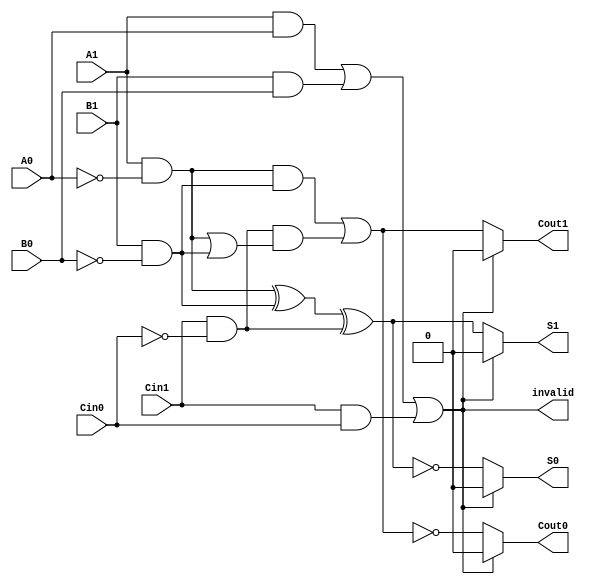
module dual_rail_full_adder (
    input wire A1, A0,  // Dual-rail input A
    input wire B1, B0,  // Dual-rail input B
    input wire Cin1, Cin0, // Dual-rail carry-in
    output reg S1, S0,  // Dual-rail sum output
    output reg Cout1, Cout0, // Dual-rail carry-out output
    output reg invalid // Invalid state indicator
);

    // Internal signals for A, B, and Cin
    wire A, B, Cin;

    // Decode dual-rail inputs to single-bit values
    assign A = A1 & ~A0; // A = 1 if A1=1, A0=0
    assign B = B1 & ~B0; // B = 1 if B1=1, B0=0
    assign Cin = Cin1 & ~Cin0; // Cin = 1 if Cin1=1, Cin0=0

    // Check for invalid states
    always @(*) begin
        invalid = (A1 & A0) | (B1 & B0) | (Cin1 & Cin0); // Invalid if both rails are high
        if (invalid) begin
            S1 = 1'b0; S0 = 1'b0; // Set outputs to invalid state
            Cout1 = 1'b0; Cout0 = 1'b0; // Set carry outputs to invalid state
        end else begin
            // Calculate sum and carry-out
            S1 = (A ^ B) ^ Cin; // Sum output
            S0 = ~((A ^ B) ^ Cin); // Sum output for dual-rail
            Cout1 = (A & B) | (Cin & (A | B)); // Carry-out
            Cout0 = ~((A & B) | (Cin & (A | B))); // Carry-out for dual-rail
        end
    end

endmodule